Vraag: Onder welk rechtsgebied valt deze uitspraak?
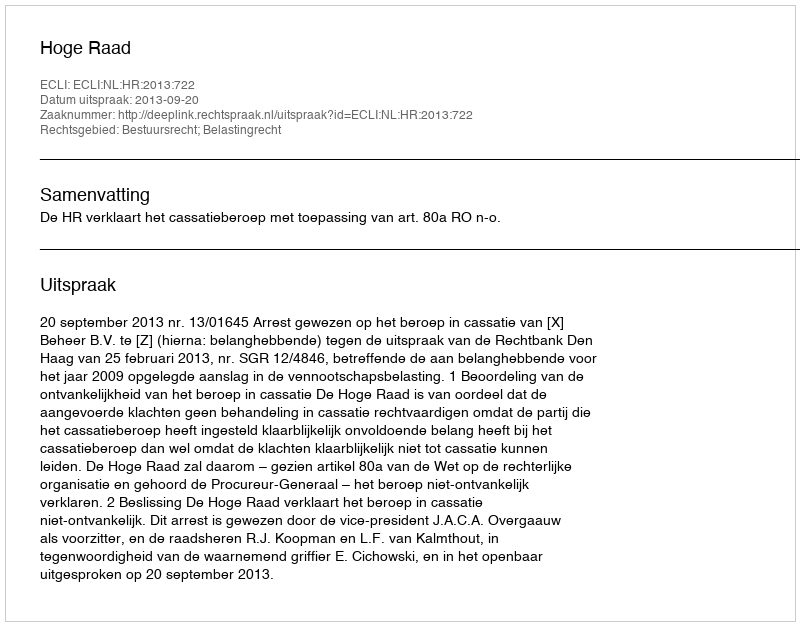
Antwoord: Bestuursrecht; Belastingrecht